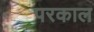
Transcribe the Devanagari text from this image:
परकाल